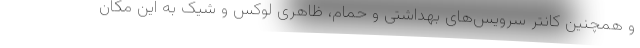
و همچنین کانتر سرویس‌های بهداشتی و حمام، ظاهری لوکس و شیک به این مکان